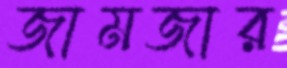
জামজার